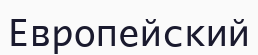
Европейский